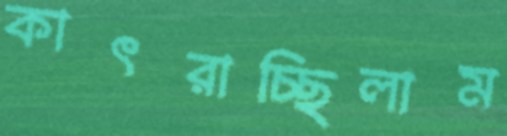
কাৎরাচ্ছিলাম